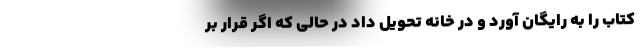
کتاب را به رایگان آورد و در خانه تحویل داد در حالی که اگر قرار بر